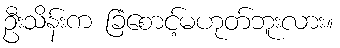
ဦးသိန်းက ခြံစောင့်မဟုတ်ဘူးလား။